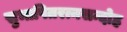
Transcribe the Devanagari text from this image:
सुभाषितरत्नसन्दोह